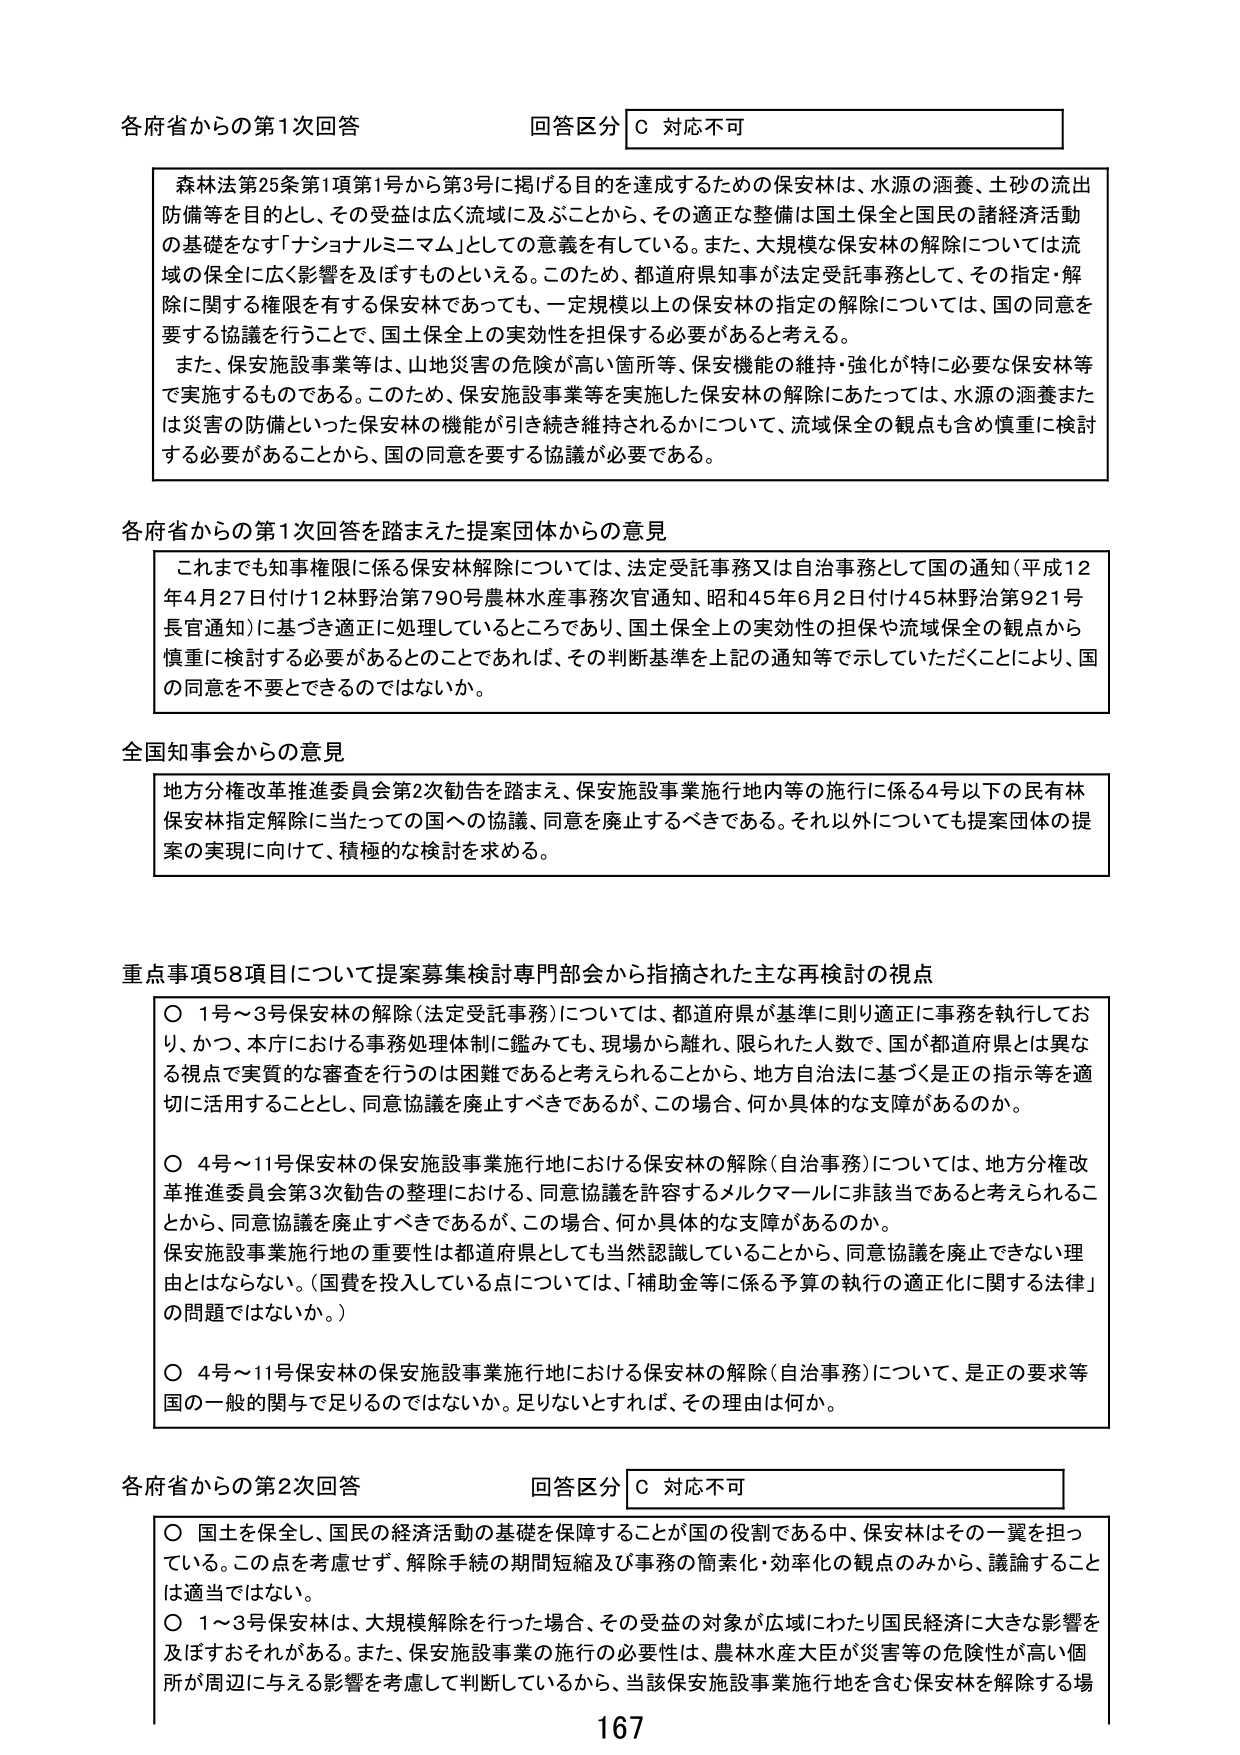
各府省からの第1次回答 回答区分 C 対応不可

森林法第25条第1項第1号から第3号に掲げる目的を達成するための保安林は、水源の涵養、土砂の流出防備等を目的とし、その受益は広く流域に及ぶことから、その適正な整備は国土保全と国民の諸経済活動の基礎をなす「ナショナルミニマム」としての意義を有している。また、大規模な保安林の解除については流域の保全に広く影響を及ぼすものといえる。このため、都道府県知事が法定受託事務として、その指定・解除に関する権限を有する保安林であっても、一定規模以上の保安林の指定の解除については、国の同意を要する協議を行うことで、国土保全上の実効性を担保する必要があると考える。

また、保安施設事業等は、山地災害の危険が高い箇所等、保安機能の維持・強化が特に必要な保安林等で実施するものである。このため、保安施設事業等を実施した保安林の解除にあたっては、水源の涵養または災害の防備といった保安林の機能が引き続き維持されるかについて、流域保全の観点も含め慎重に検討する必要があることから、国の同意を要する協議が必要である。

各府省からの第1次回答を踏まえた提案団体からの意見

これまでにも知事権限に係る保安林解除については、法定受託事務又は自治事務として国の通知（平成12年4月27日付け12林野治第790号農林水産事務次官通知、昭和45年6月2日付け45林野治第921号長官通知）に基づき適正に処理しているところであり、国土保全上の実効性の担保や流域保全の観点から慎重に検討する必要があるとのことであれば、その判断基準を上記の通知等で示していただくことにより、国の同意を不要とできるのではないか。

全国知事会からの意見

地方分権改革推進委員会第2次勧告を踏まえ、保安施設事業施行地内等の施行に係る4号以下の民有林保安林指定解除に当たっての国への協議、同意を廃止するべきである。それ以外についても提案団体の提案の実現に向けて、積極的な検討を求める。

重点事項58項目について提案募集検討専門部会から指摘された主な再検討の視点

○ 1号～3号保安林の解除（法定受託事務）については、都道府県が基準に則り適正に事務を執行しており、かつ、本庁における事務処理体制に鑑みても、現場から離れ、限られた人数で、国が都道府県とは異なる視点で実質的な審査を行うのは困難であると考えられることから、地方自治法に基づく是正の指示等を適切に活用することとし、同意協議を廃止すべきであるが、この場合、何か具体的な支障があるのか。

○ 4号～11号保安林の保安施設事業施行地における保安林の解除（自治事務）については、地方分権改革推進委員会第3次勧告の整理における、同意協議を許容するメルクマールに非該当であると考えられることから、同意協議を廃止すべきであるが、この場合、何か具体的な支障があるのか。

保安施設事業施行地の重要性は都道府県としても当然認識していることから、同意協議を廃止できない理由とはならない。（国費を投入している点については、「補助金等に係る予算の執行の適正化に関する法律」の問題ではないか。）

○ 4号～11号保安林の保安施設事業施行地における保安林の解除（自治事務）について、是正の要求等国の一般的関与で足りるのではないか。足りないとすれば、その理由は何か。

各府省からの第2次回答 回答区分 C 対応不可

○ 国土を保全し、国民の経済活動の基礎を保障することが国の役割である中、保安林はその一翼を担っている。この点を考慮せず、解除手続の期間短縮及び事務の簡素化・効率化の観点のみから、議論することは適当ではない。

○ 1～3号保安林は、大規模解除を行った場合、その受益の対象が広域にわたり国民経済に大きな影響を及ぼすおそれがある。また、保安施設事業の施行の必要性は、農林水産大臣が災害等の危険性が高い個所が周辺に与える影響を考慮して判断しているから、当該保安施設事業施行地を含む保安林を解除する場

167